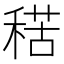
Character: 𥟾